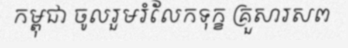
កម្ពុជា ចូលរួមរំលែកទុក្ខ គ្រួសារសព